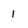
Character: 1